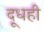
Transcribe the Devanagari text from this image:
दूधही